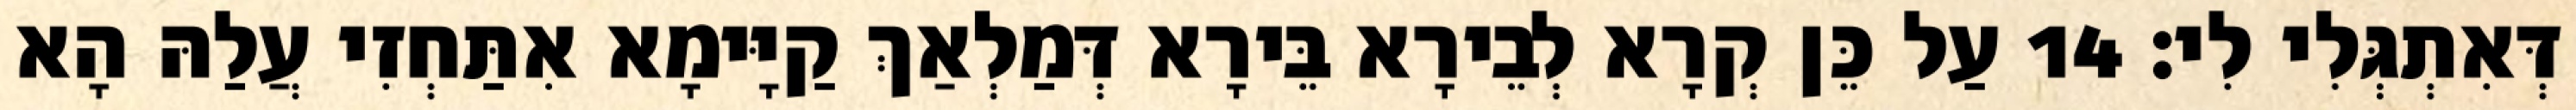
דְּאִתְגְּלִי לִי׃ 14 עַל כֵּן קְרָא לְבֵירָא בֵּירָא דְּמַלְאַךְ קַיָּימָא אִתַּחְזִי עֲלַהּ הָא